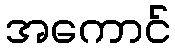
အကောင်